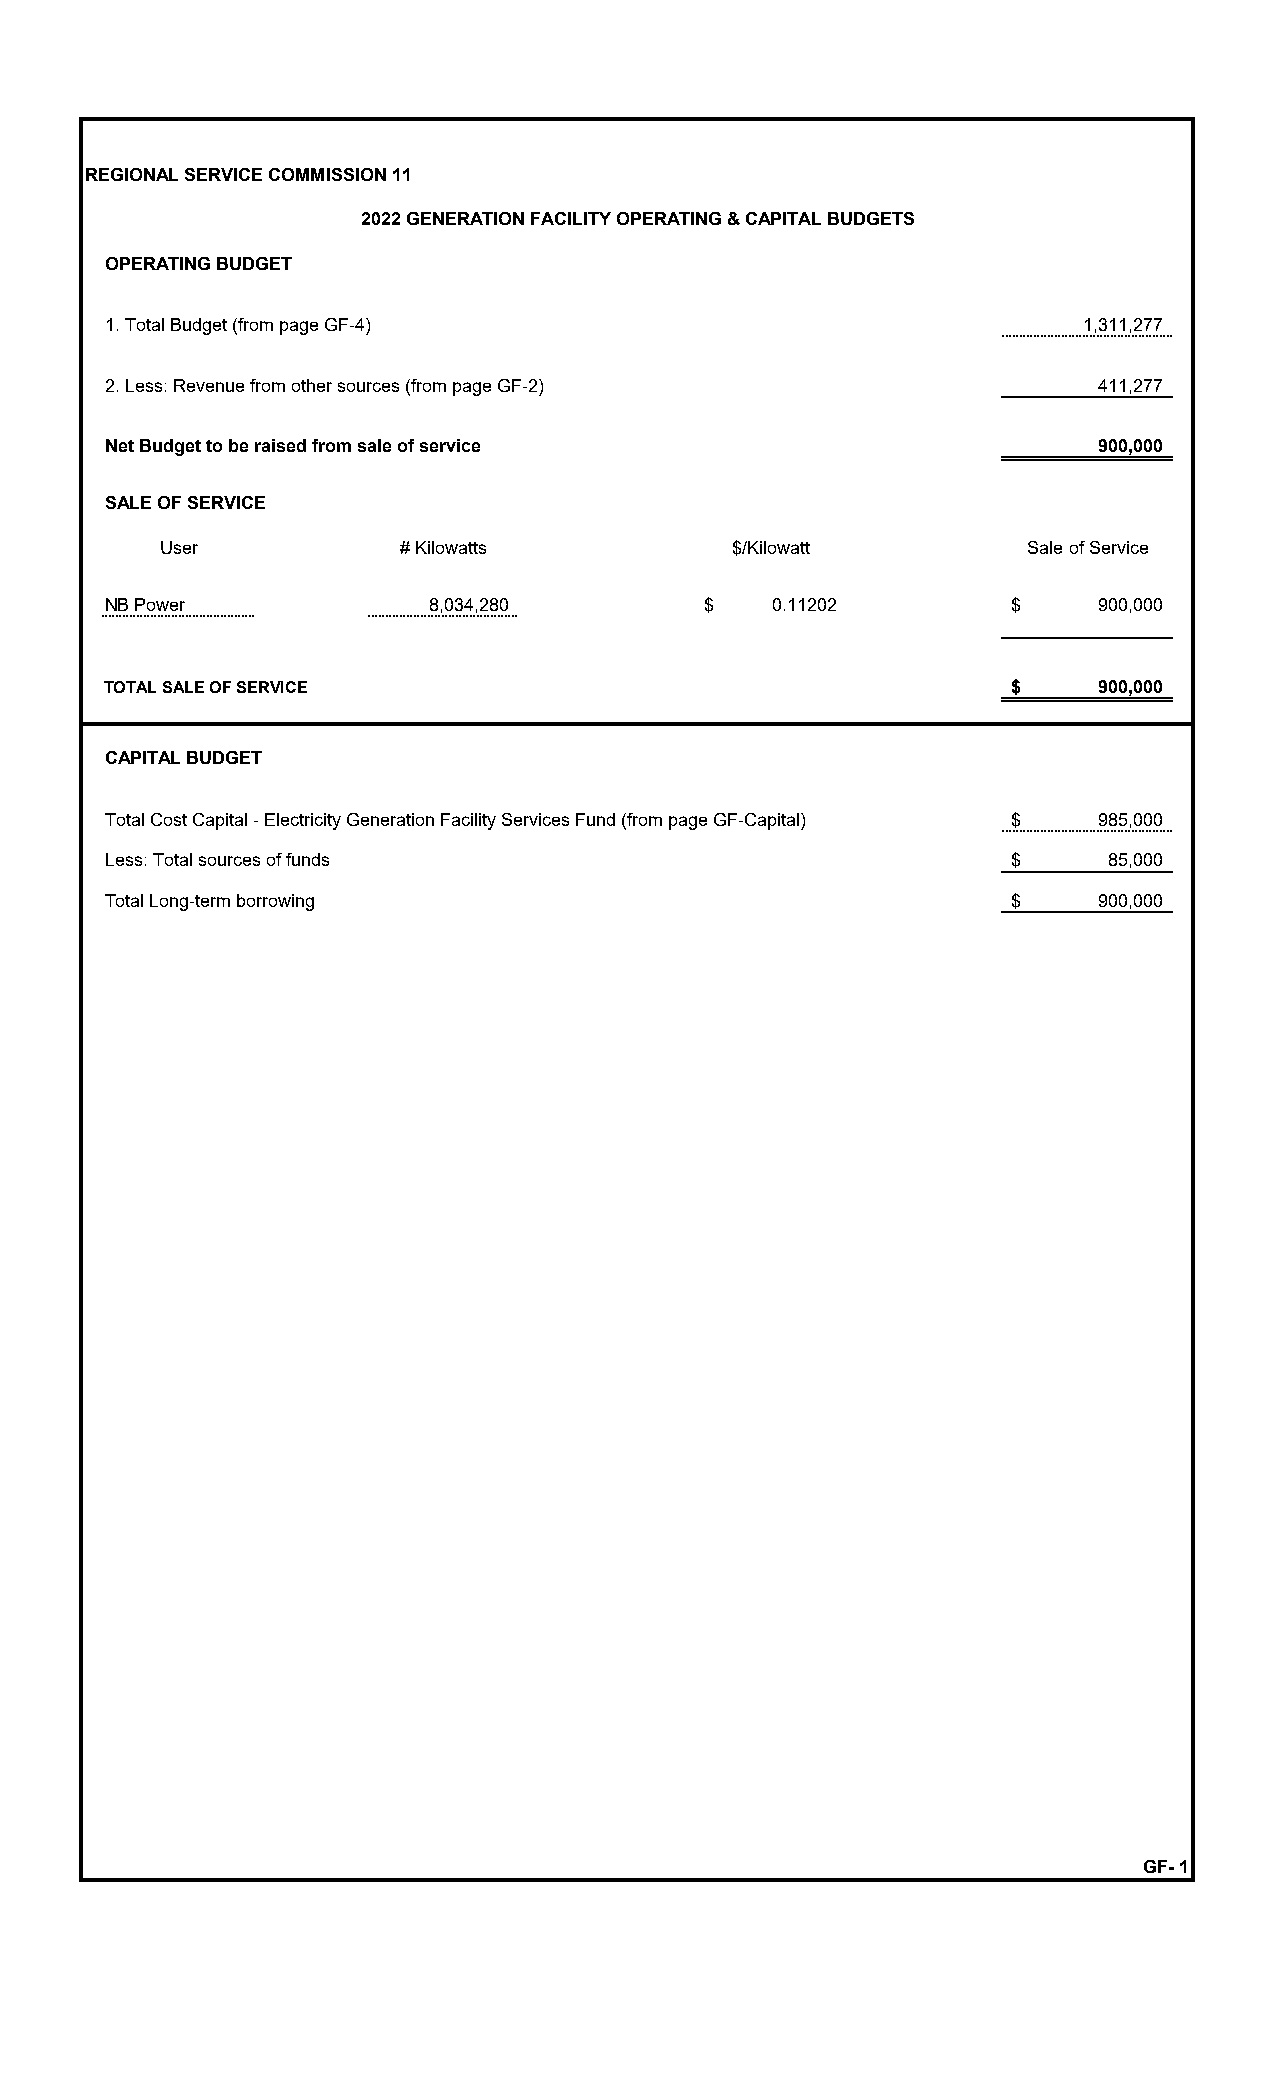
REGIONAL SERVICE COMMISSION 11
 2022 GENERATION FACILITY OPERATING & CAPITAL BUDGETS
 OPERATING BUDGET
 1. Total Budget (from page GF-4)                                1,311,277
 2. Less: Revenue from other sources (from page GF-2)             411,277
 Net Budget to be raised from sale of service                     900,000
 SALE OF SERVICE
 User            # Kilowatts           $/Kilowatt          Sale of Service
 NB Power             8,034,280         $    0.11202         $    900,000
 TOTAL SALE OF SERVICE                                       $    900,000
 CAPITAL BUDGET
 Total Cost Capital - Electricity Generation Facility Services Fund (from page GF-Capital) $ 985,000
 Less: Total sources of funds                                $     85,000
 Total Long-term borrowing                                   $    900,000
 GF- 1